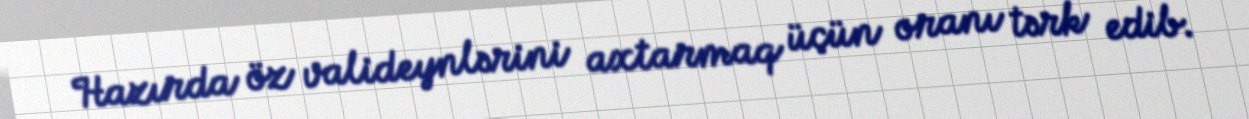
Hazırda öz valideynlərini axtarmaq üçün oranı tərk edib.